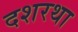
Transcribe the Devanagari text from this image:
दशरथा